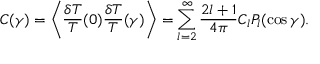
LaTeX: C ( \gamma ) = \left\langle \frac { \delta T } { T } ( 0 ) \frac { \delta T } { T } ( \gamma ) \right\rangle = \sum _ { l = 2 } ^ { \infty } \frac { 2 l + 1 } { 4 \pi } C _ { l } P _ { l } ( \cos \gamma ) .